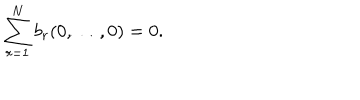
\sum _ { r = 1 } ^ { N } b _ { r } ( 0 , \ldots , 0 ) = 0 .